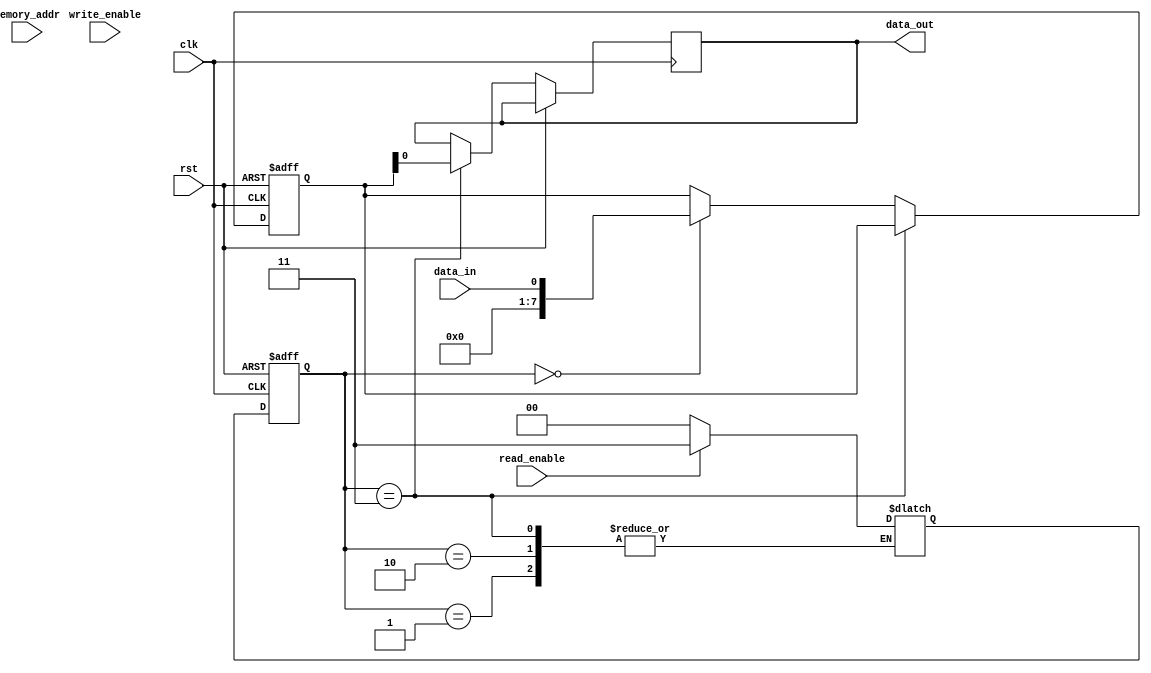
module SDRAM_Controller (
    input wire clk,
    input wire rst,
    input wire read_enable,
    input wire write_enable,
    input wire memory_addr,
    input wire data_in,
    output reg data_out
);

// Declare state machine states
parameter IDLE = 2'b00;
parameter PRECHARGE = 2'b01;
parameter ACTIVATE = 2'b10;
parameter READ = 2'b11;
parameter WRITE = 2'b100;

// Declare state machine signals
reg [1:0] state;
reg [3:0] next_state;
reg [7:0] data_register;

// State machine logic
always @(posedge clk or posedge rst)
begin
    if(rst) begin
        state <= IDLE;
    end
    else begin
        state <= next_state;
    end
end

// Combinational logic for determining next state
always @(*)
begin
    case(state)
        IDLE: begin
            if(read_enable)
                next_state = READ;
            else if(write_enable)
                next_state = WRITE;
            else
                next_state = IDLE;
        end
        PRECHARGE: begin
            // Implementation of PRECHARGE state logic
        end
        ACTIVATE: begin
            // Implementation of ACTIVATE state logic
        end
        READ: begin
            // Implementation of READ state logic
        end
        WRITE: begin
            // Implementation of WRITE state logic
        end
        default: next_state = IDLE;
    endcase
end

// Data register logic
always @(posedge clk or posedge rst)
begin
    if(rst)
        data_register <= 8'b0;
    else if(state == READ)
        data_out <= data_register;
    else if(state == WRITE)
        data_register <= data_in;
end

endmodule